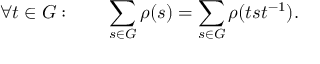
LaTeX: \forall t \in G : \qquad \sum _ { s \in G } \rho ( s ) = \sum _ { s \in G } \rho ( t s t ^ { - 1 } ) .